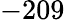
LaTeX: -209